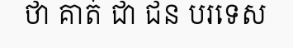
ថា គាត់ ជា ជន បរទេស